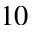
^ { 1 0 }